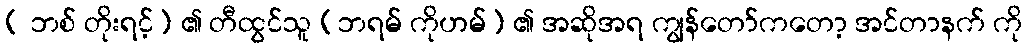
( ဘစ် တိုးရင့်) ၏ တီထွင်သူ (ဘရမ် ကိုဟမ်) ၏ အဆိုအရ ကျွန်တော်ကတော့ အင်တာနက် ကို